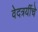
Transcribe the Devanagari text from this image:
वेदत्रयींचे